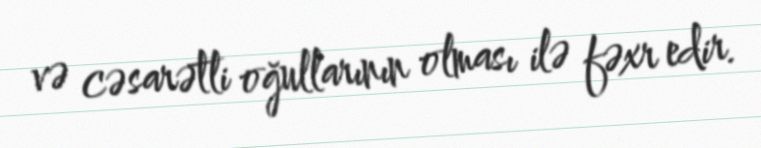
və cəsarətli oğullarının olması ilə fəxr edir.